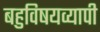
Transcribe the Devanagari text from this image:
बहुविषयव्यापी